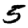
Digit: 5